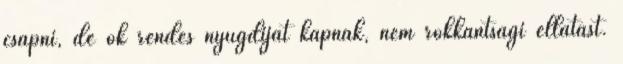
csapni, de ők rendes nyugdíjat kapnak, nem rokkantsági ellátást.